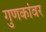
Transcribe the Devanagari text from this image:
गुणकांवर